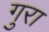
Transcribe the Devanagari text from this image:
गुरा